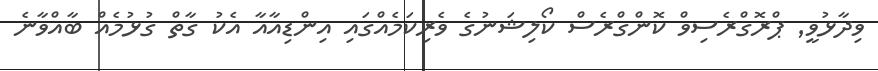
ވިދާޅުވީ